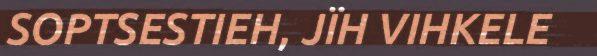
SOPTSESTIEH, JÏH VIHKELE